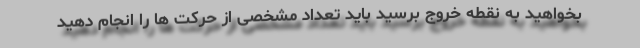
بخواهید به نقطه خروج برسید باید تعداد مشخصی از حرکت ها را انجام دهید